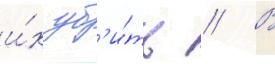
и́х уб'и́ть // В